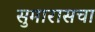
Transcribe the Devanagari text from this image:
सुमारासचा